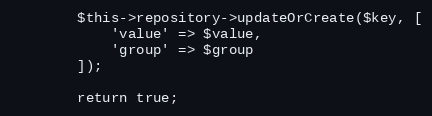
Language: PHP
        $this->repository->updateOrCreate($key, [
            'value' => $value,
            'group' => $group
        ]);

        return true;